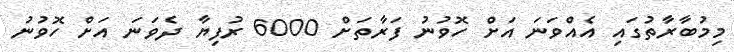
މިމުބާރާތުގައި އެއްވަނަ އަށް ހޮވުނު ފަރާތަށް 6000 ރުފިޔާ ދެވަނަ އަށް ހޮވުނު